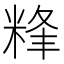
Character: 𥹾